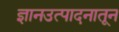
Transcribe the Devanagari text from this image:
ज्ञानउत्पादनातून